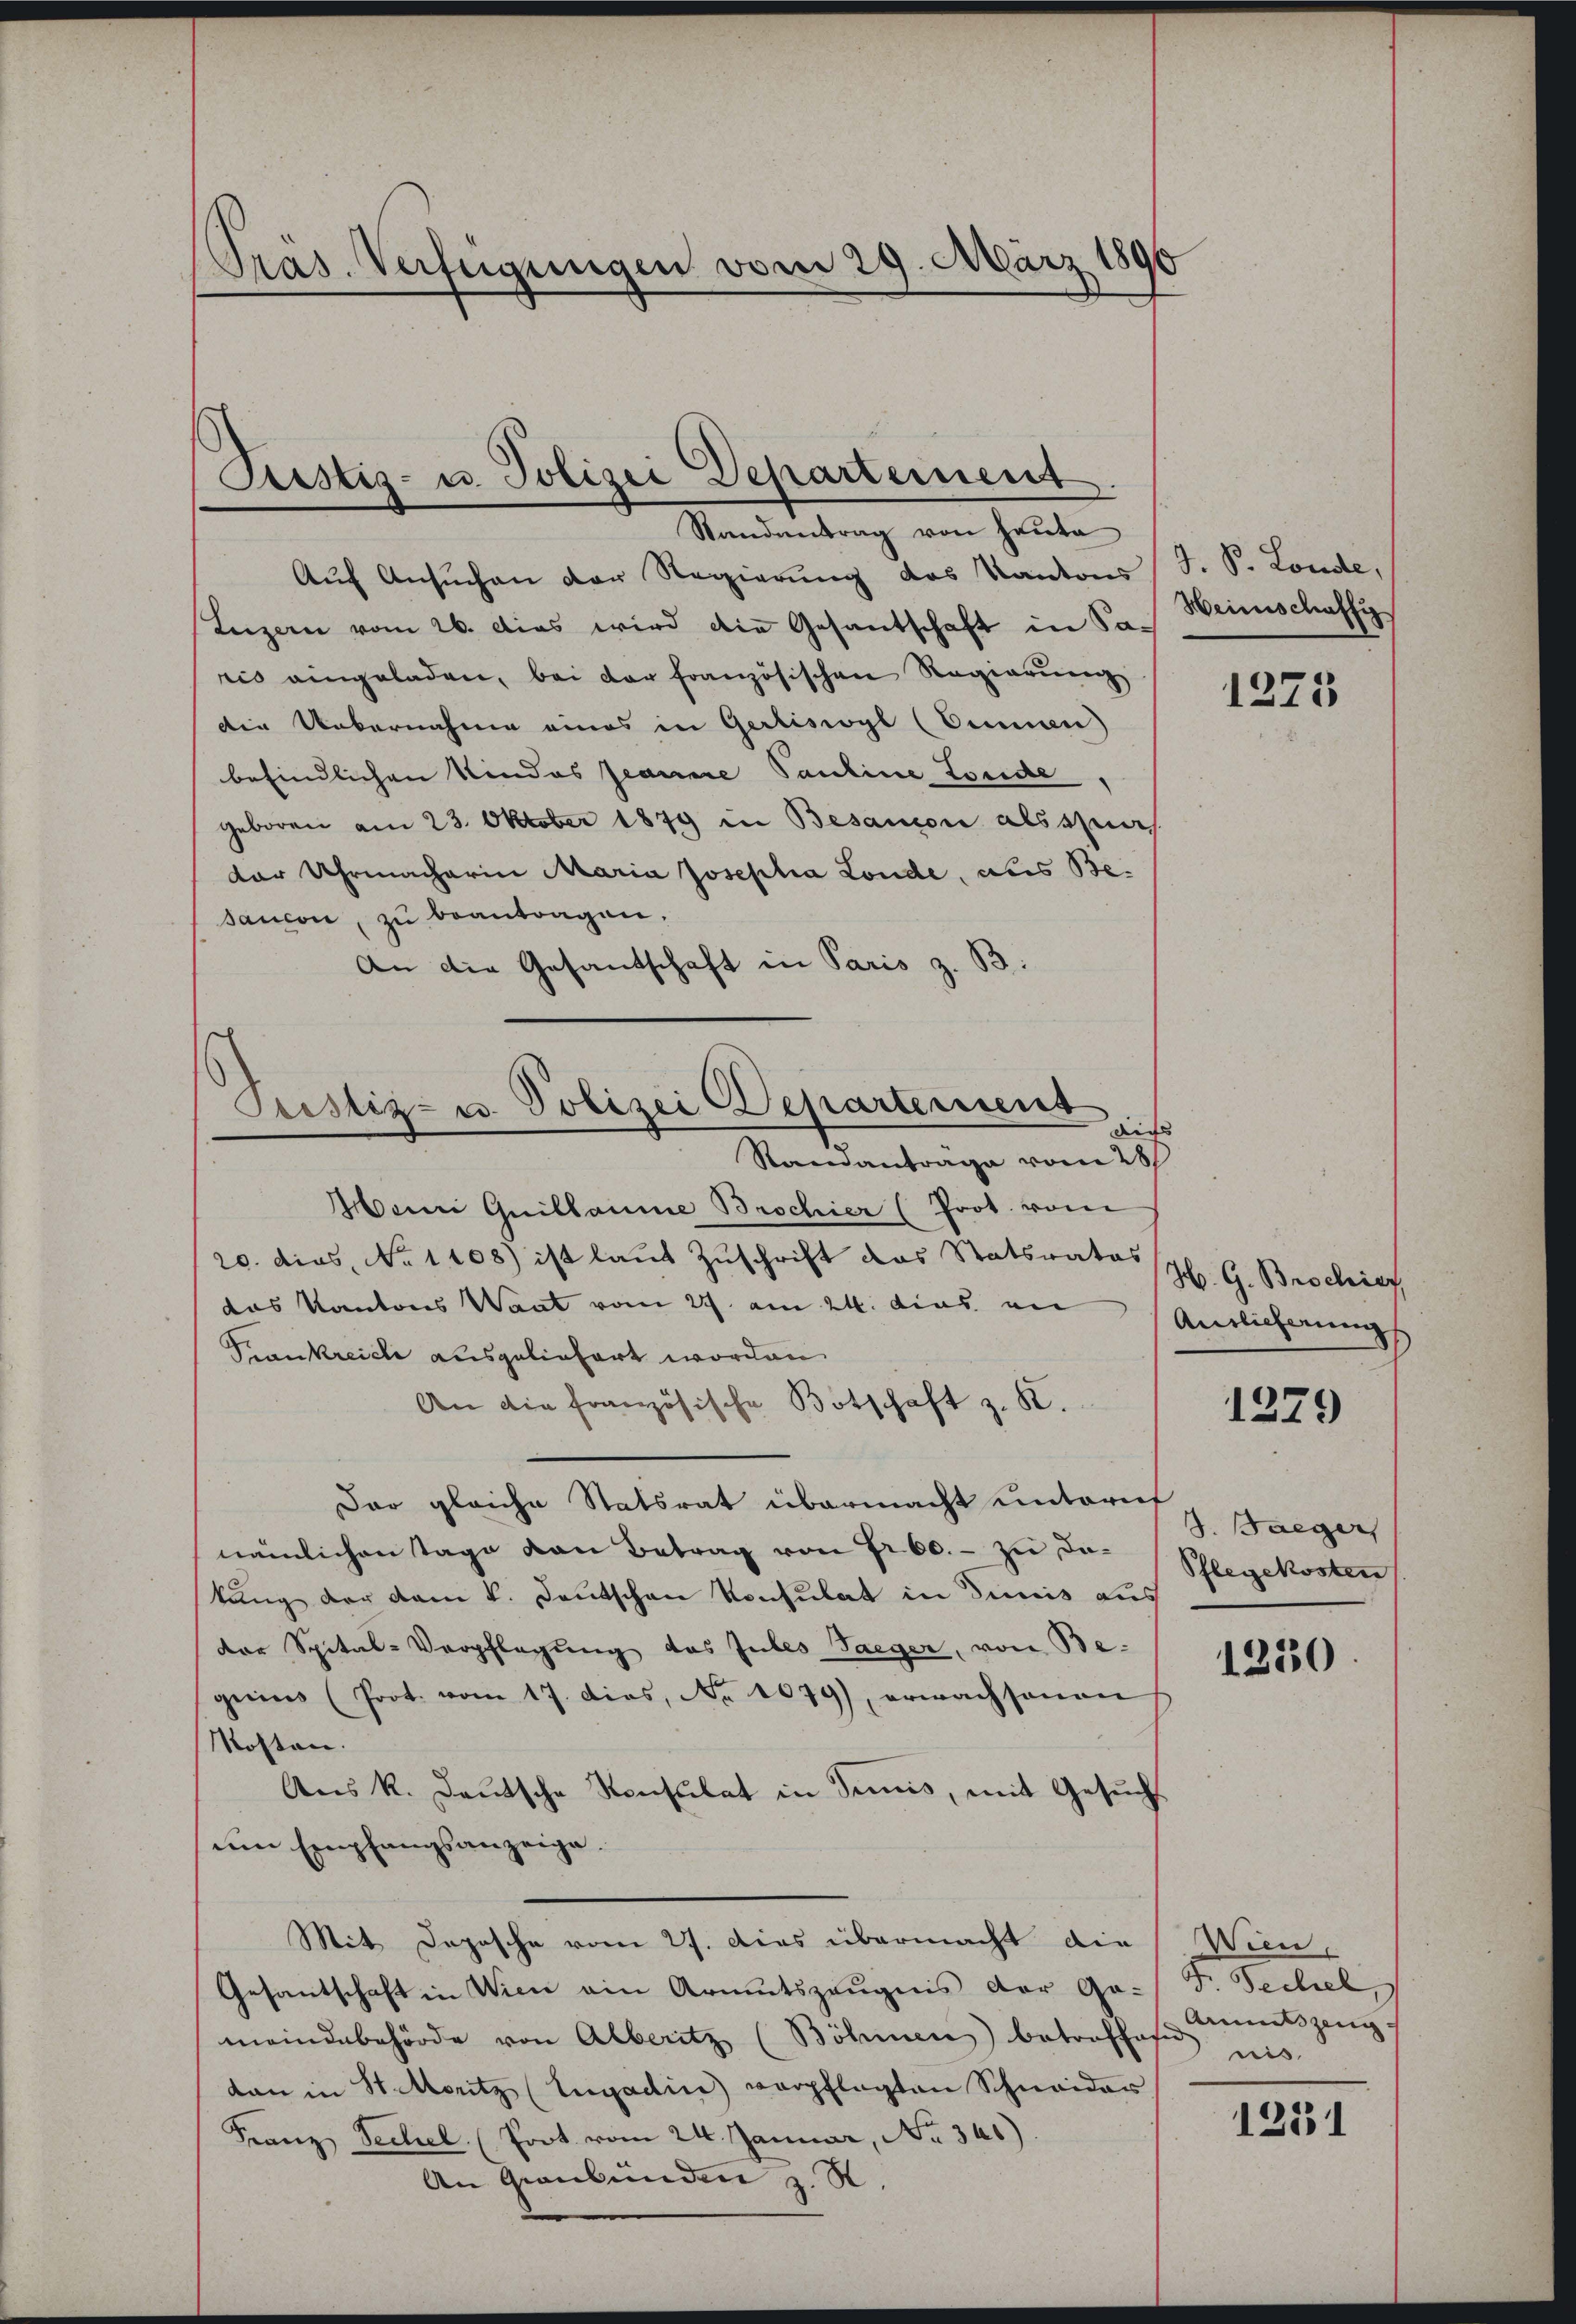
Präs. Verfügungen vom 29. März 1896

Pustiz- u. Polizei Departement
Standentrag von Hauta

Pustiz- u. Polizei Departement
Saenantrage vom 28

Aŭf Ansŭchen der Regierŭng des Kantons (J. P. Londe,
Luzern vom 26. Das wird die Gesantschaft in Saris eingeladen, bei der französischen Regierung
die Uebernahme eines in Gerlisoyl (Cunnen
befindlichen Kindes Frauere Pauline Fonde
geboren am 23. Oktober 1879 in Besanon als suas
der Uhrmacherin Maria Josephia Londe, als Besancon, zu beantragen.
An die Gesandschaft in Paris z. B.
diens |
Manni Quillaume Brochier (Prot. vom
20. dies, No 1108) ist laut Zuschrift das Statsrates
das Kantons Waat vom 27. am 24. dies an Auslieferung
Trankreiche ausgeliefert worden.
An die französische Botschaft z. K.
Dar gleiche Statsrat übermacht unterief
nämlichen Tage den Betrag von Fr. 60.- zŭ dr. Schlegekosten
kung der vom k. Deutschen Konsulat in dimis aus
dor Spital-Verpflegung das Jubes Jaeger, von Be-
geiius (Prot. vom 17. dies, No 1079), erwachsenen
Mosten.
Aus K. Deutsche Konsulat in Jenis, mit Gesuch
um Empfangsanzeige.
Mit Depesche vom 27. Dies übermacht die Wien,
Gesantschaft in Wien ain Armutszeugnis der Go: Dr. Sechsel,
meindebehörde von Alberitz (Böhmen) betroffes Bentzeng
dan in St. Moritz (Engadin verpflegten Schneider
Franz Seckel. (Prot. vom 24. Januar, No 346).
An Graubünden z. R.

Heimischafti

1375

H. G. Brockier

1279

J. Baeger

1230

nis

1251